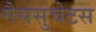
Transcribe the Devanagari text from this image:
मैससुचेटस